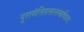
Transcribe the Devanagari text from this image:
पुराणेतिहासानामाभिप्रायः